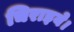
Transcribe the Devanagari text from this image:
चिराइये।